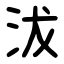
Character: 沷